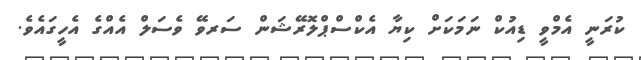
ކުރަނީ އެމްވީ ޑިއުކް ނަމަކަށް ކިޔާ އެކްސްޕްލޮރޭޝަން ސަރވޭ ވެސަލް އެއްގެ އެހީގައެވެ.